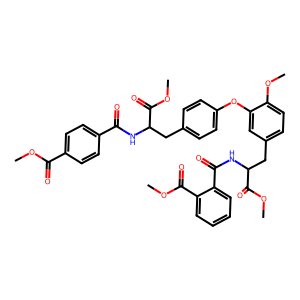
SMILES: COC(=O)c1ccc(C(=O)NC(Cc2ccc(Oc3cc(CC(NC(=O)c4ccccc4C(=O)OC)C(=O)OC)ccc3OC)cc2)C(=O)OC)cc1
Inhibits HIV replication: No